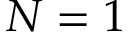
N = 1